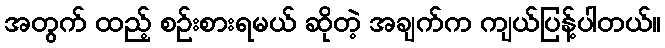
အတွက် ထည့် စဉ်းစားရမယ် ဆိုတဲ့ အချက်က ကျယ်ပြန့်ပါတယ်။